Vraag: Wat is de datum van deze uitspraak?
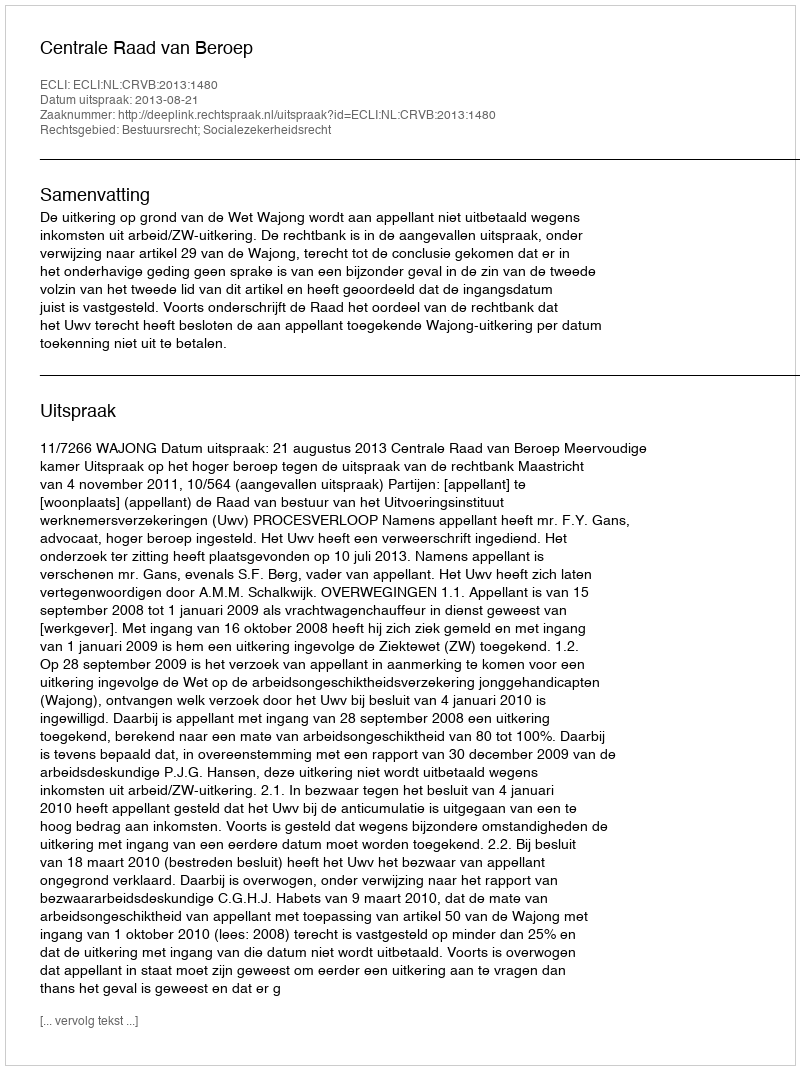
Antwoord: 2013-08-21